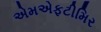
એમએફટીમિર